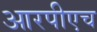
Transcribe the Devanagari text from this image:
आरपीएच